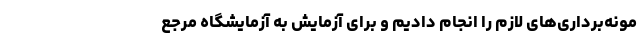
مونه‌برداری‌های لازم را انجام دادیم و برای آزمایش به آزمایشگاه مرجع